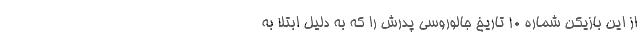
از این بازیکن شماره 10 تاریخ جالوروسی پدرش را که به دلیل ابتلا به